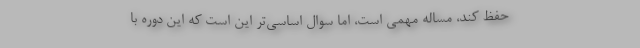
حفظ کند، مساله مهمی است، اما سوال اساسی‌تر این است که این دوره با